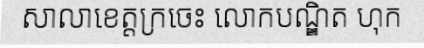
សាលាខេត្តក្រចេះ លោកបណ្ឌិត ហុក